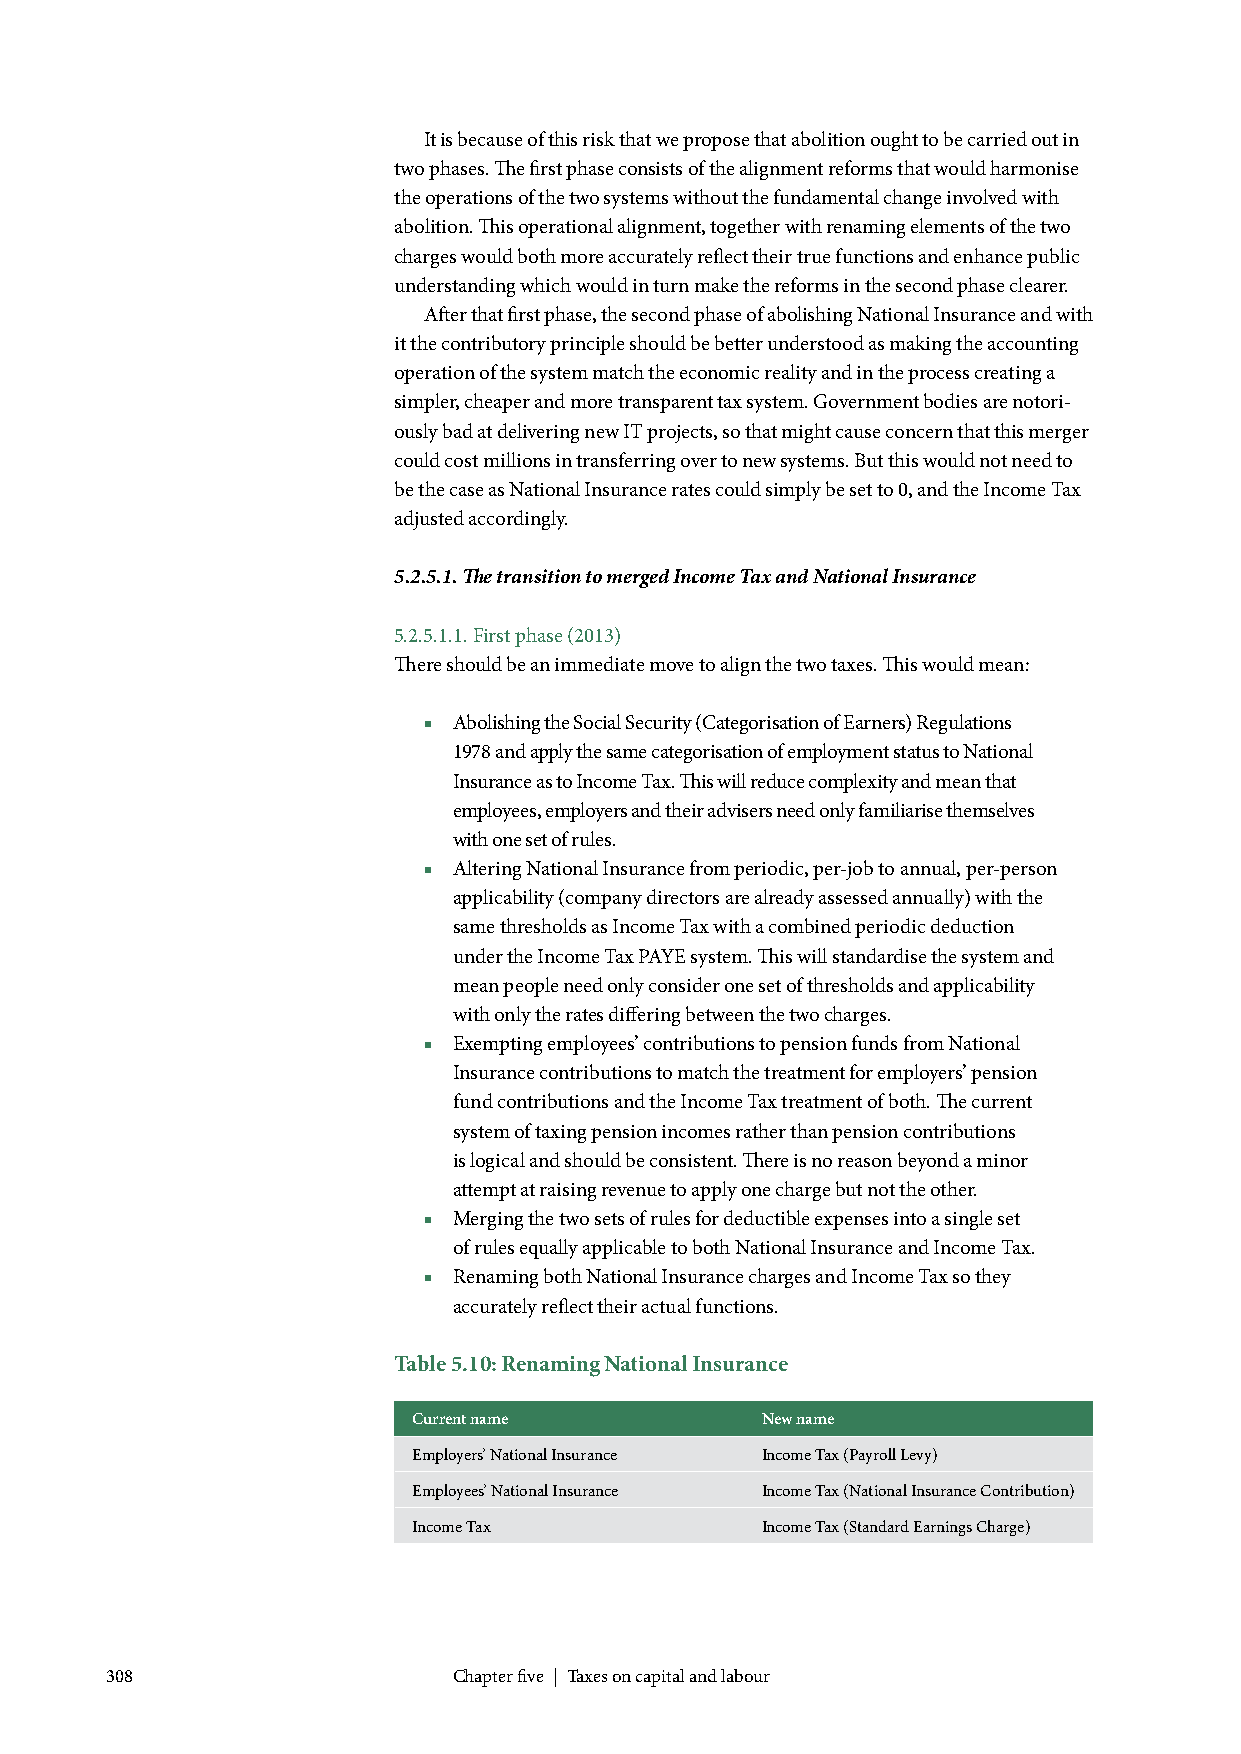
It is because of this risk that we propose that abolition ought to be carried out in
 two phases. The first phase consists of the alignment reforms that would harmonise
 the operations of the two systems without the fundamental change involved with
 abolition. This operational alignment, together with renaming elements of the two
 charges would both more accurately reflect their true functions and enhance public
 understanding which would in turn make the reforms in the second phase clearer.
 After that first phase, the second phase of abolishing National Insurance and with
 it the contributory principle should be better understood as making the accounting
 operation of the system match the economic reality and in the process creating a
 simpler, cheaper and more transparent tax system. Government bodies are notori-
 ously bad at delivering new IT projects, so that might cause concern that this merger
 could cost millions in transferring over to new systems. But this would not need to
 be the case as National Insurance rates could simply be set to 0, and the Income Tax
 adjusted accordingly.
 5.2.5.1. The transition to merged Income Tax and National Insurance
 5.2.5.1.1. First phase (2013)
 There should be an immediate move to align the two taxes. This would mean:
 ■ Abolishing the Social Security (Categorisation of Earners) Regulations
 1978 and apply the same categorisation of employment status to National
 Insurance as to Income Tax. This will reduce complexity and mean that
 employees, employers and their advisers need only familiarise themselves
 with one set of rules.
 ■ Altering National Insurance from periodic, per-job to annual, per-person
 applicability (company directors are already assessed annually) with the
 same thresholds as Income Tax with a combined periodic deduction
 under the Income Tax PAYE system. This will standardise the system and
 mean people need only consider one set of thresholds and applicability
 with only the rates differing between the two charges.
 ■ Exempting employees’ contributions to pension funds from National
 Insurance contributions to match the treatment for employers’ pension
 fund contributions and the Income Tax treatment of both. The current
 system of taxing pension incomes rather than pension contributions
 is logical and should be consistent. There is no reason beyond a minor
 attempt at raising revenue to apply one charge but not the other.
 ■ Merging the two sets of rules for deductible expenses into a single set
 of rules equally applicable to both National Insurance and Income Tax.
 ■ Renaming both National Insurance charges and Income Tax so they
 accurately reflect their actual functions.
 Table 5.10: Renaming National Insurance
 Current name           New name
 Employers’ National Insurance Income Tax (Payroll Levy)
 Employees’ National Insurance Income Tax (National Insurance Contribution)
 Income Tax             Income Tax (Standard Earnings Charge)
 308                    Chapter five | Taxes on capital and labour